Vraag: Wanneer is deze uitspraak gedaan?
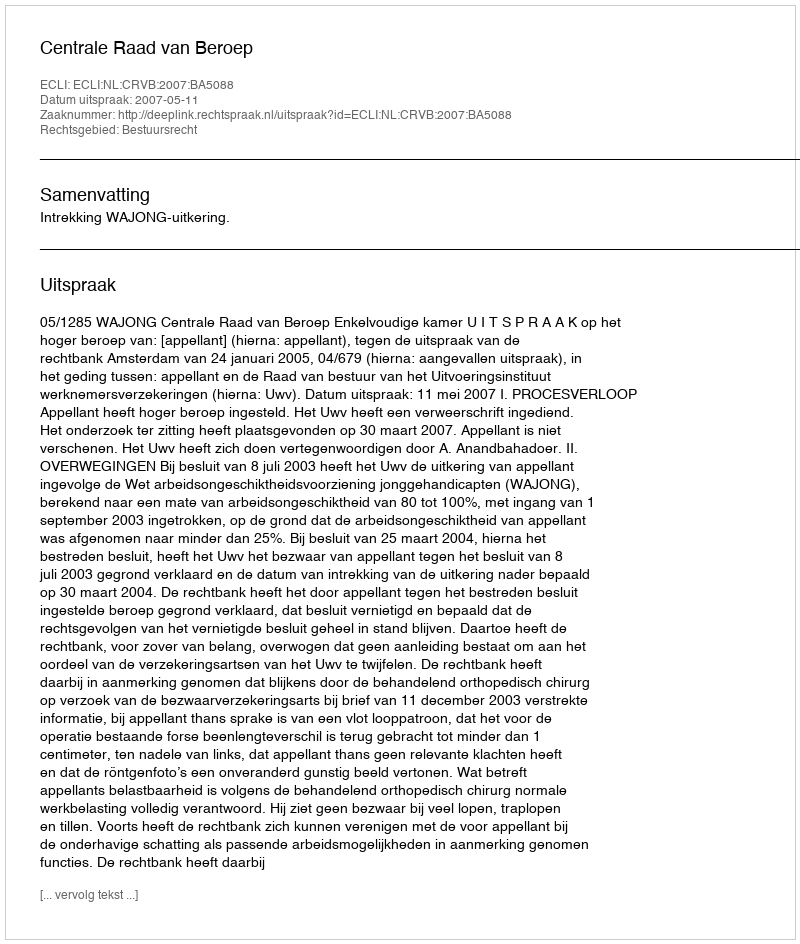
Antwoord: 2007-05-11